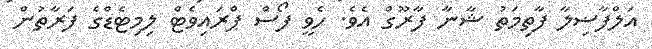
އަލްފާޟިލާ ފާތިމަތު ޝާނާ ފާރޫގް އެވެ. ހެވީ ފޯސް ޕްރައިވެޓް ލިމިޓެޑްގެ ފަރާތުން